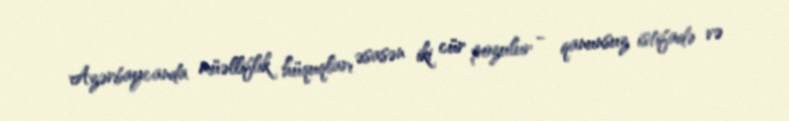
Azərbaycanda müəlliflik hüquqları əsasən iki cür pozulur - qanunsuz istifadə və